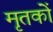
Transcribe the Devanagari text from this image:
मृतकोें